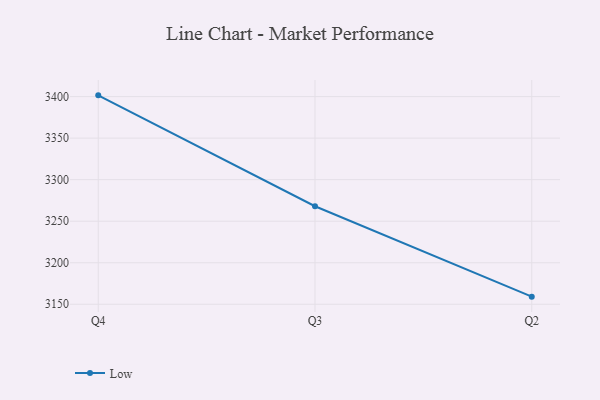
{"axis": {"x": "Quarter", "y": "Shipments"}, "legend": ["Low"], "data": [{"x": "Q4", "y": 3401.5, "type": "Low"}, {"x": "Q3", "y": 3268.0, "type": "Low"}, {"x": "Q2", "y": 3159.2, "type": "Low"}]}